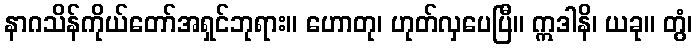
နာဂသိန်ကိုယ်တော်အရှင်ဘုရား။ ဟောတု၊ ဟုတ်လှပေပြီ။ ဣဒါနိ၊ ယခု။ တွံ၊